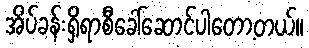
အိပ်ခန်းရှိရာစီခေါ်ဆောင်ပါတော့တယ်။